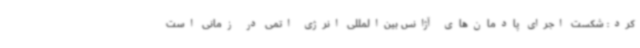
کرد: شکست اجرای پادمان‌های آژانس بین‌المللی انرژی اتمی در زمانی است